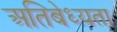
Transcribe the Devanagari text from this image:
अतिबेध्यता